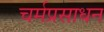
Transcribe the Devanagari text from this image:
चर्मप्रसाधन